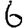
Digit: 6